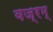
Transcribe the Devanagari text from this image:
वज्रम्